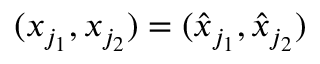
( x _ { j _ { 1 } } , x _ { j _ { 2 } } ) = ( \hat { x } _ { j _ { 1 } } , \hat { x } _ { j _ { 2 } } )